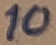
Text: 10